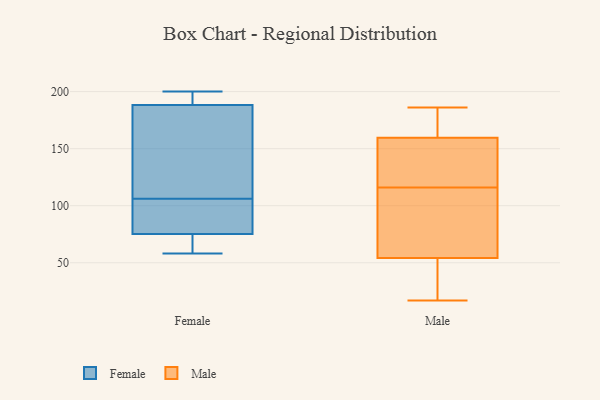
{"axis": {"x": "Shipments", "y": "Value"}, "legend": ["Female", "Male"], "data": [{"x": "", "y": 91, "type": "Female"}, {"x": "", "y": 177, "type": "Female"}, {"x": "", "y": 116, "type": "Female"}, {"x": "", "y": 72, "type": "Female"}, {"x": "", "y": 106, "type": "Female"}, {"x": "", "y": 100, "type": "Female"}, {"x": "", "y": 192, "type": "Female"}, {"x": "", "y": 200, "type": "Female"}, {"x": "", "y": 115, "type": "Female"}, {"x": "", "y": 199, "type": "Female"}, {"x": "", "y": 200, "type": "Female"}, {"x": "", "y": 68, "type": "Female"}, {"x": "", "y": 67, "type": "Female"}, {"x": "", "y": 85, "type": "Female"}, {"x": "", "y": 58, "type": "Female"}, {"x": "", "y": 17, "type": "Male"}, {"x": "", "y": 48, "type": "Male"}, {"x": "", "y": 46, "type": "Male"}, {"x": "", "y": 186, "type": "Male"}, {"x": "", "y": 140, "type": "Male"}, {"x": "", "y": 185, "type": "Male"}, {"x": "", "y": 73, "type": "Male"}, {"x": "", "y": 164, "type": "Male"}, {"x": "", "y": 116, "type": "Male"}, {"x": "", "y": 110, "type": "Male"}, {"x": "", "y": 146, "type": "Male"}]}